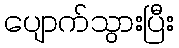
ပျောက်သွားပြီး